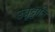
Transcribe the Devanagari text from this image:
उत्रृट्टाति